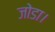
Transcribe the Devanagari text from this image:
जोडा।